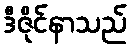
ဒီဇိုင်နာသည်